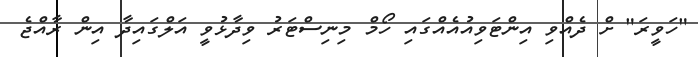
"ހަވީރަ" ށް ދެއްވި އިންޓަވިއުއެއްގައި ހޯމް މިނިސްޓަރު ވިދާޅުވީ އަލްގައިދާ އިން ރާއްޖެ